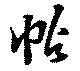
帖